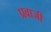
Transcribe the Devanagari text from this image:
प्रवाजी